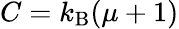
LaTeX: C=k_{\mathrm{B}}(\mu+1)